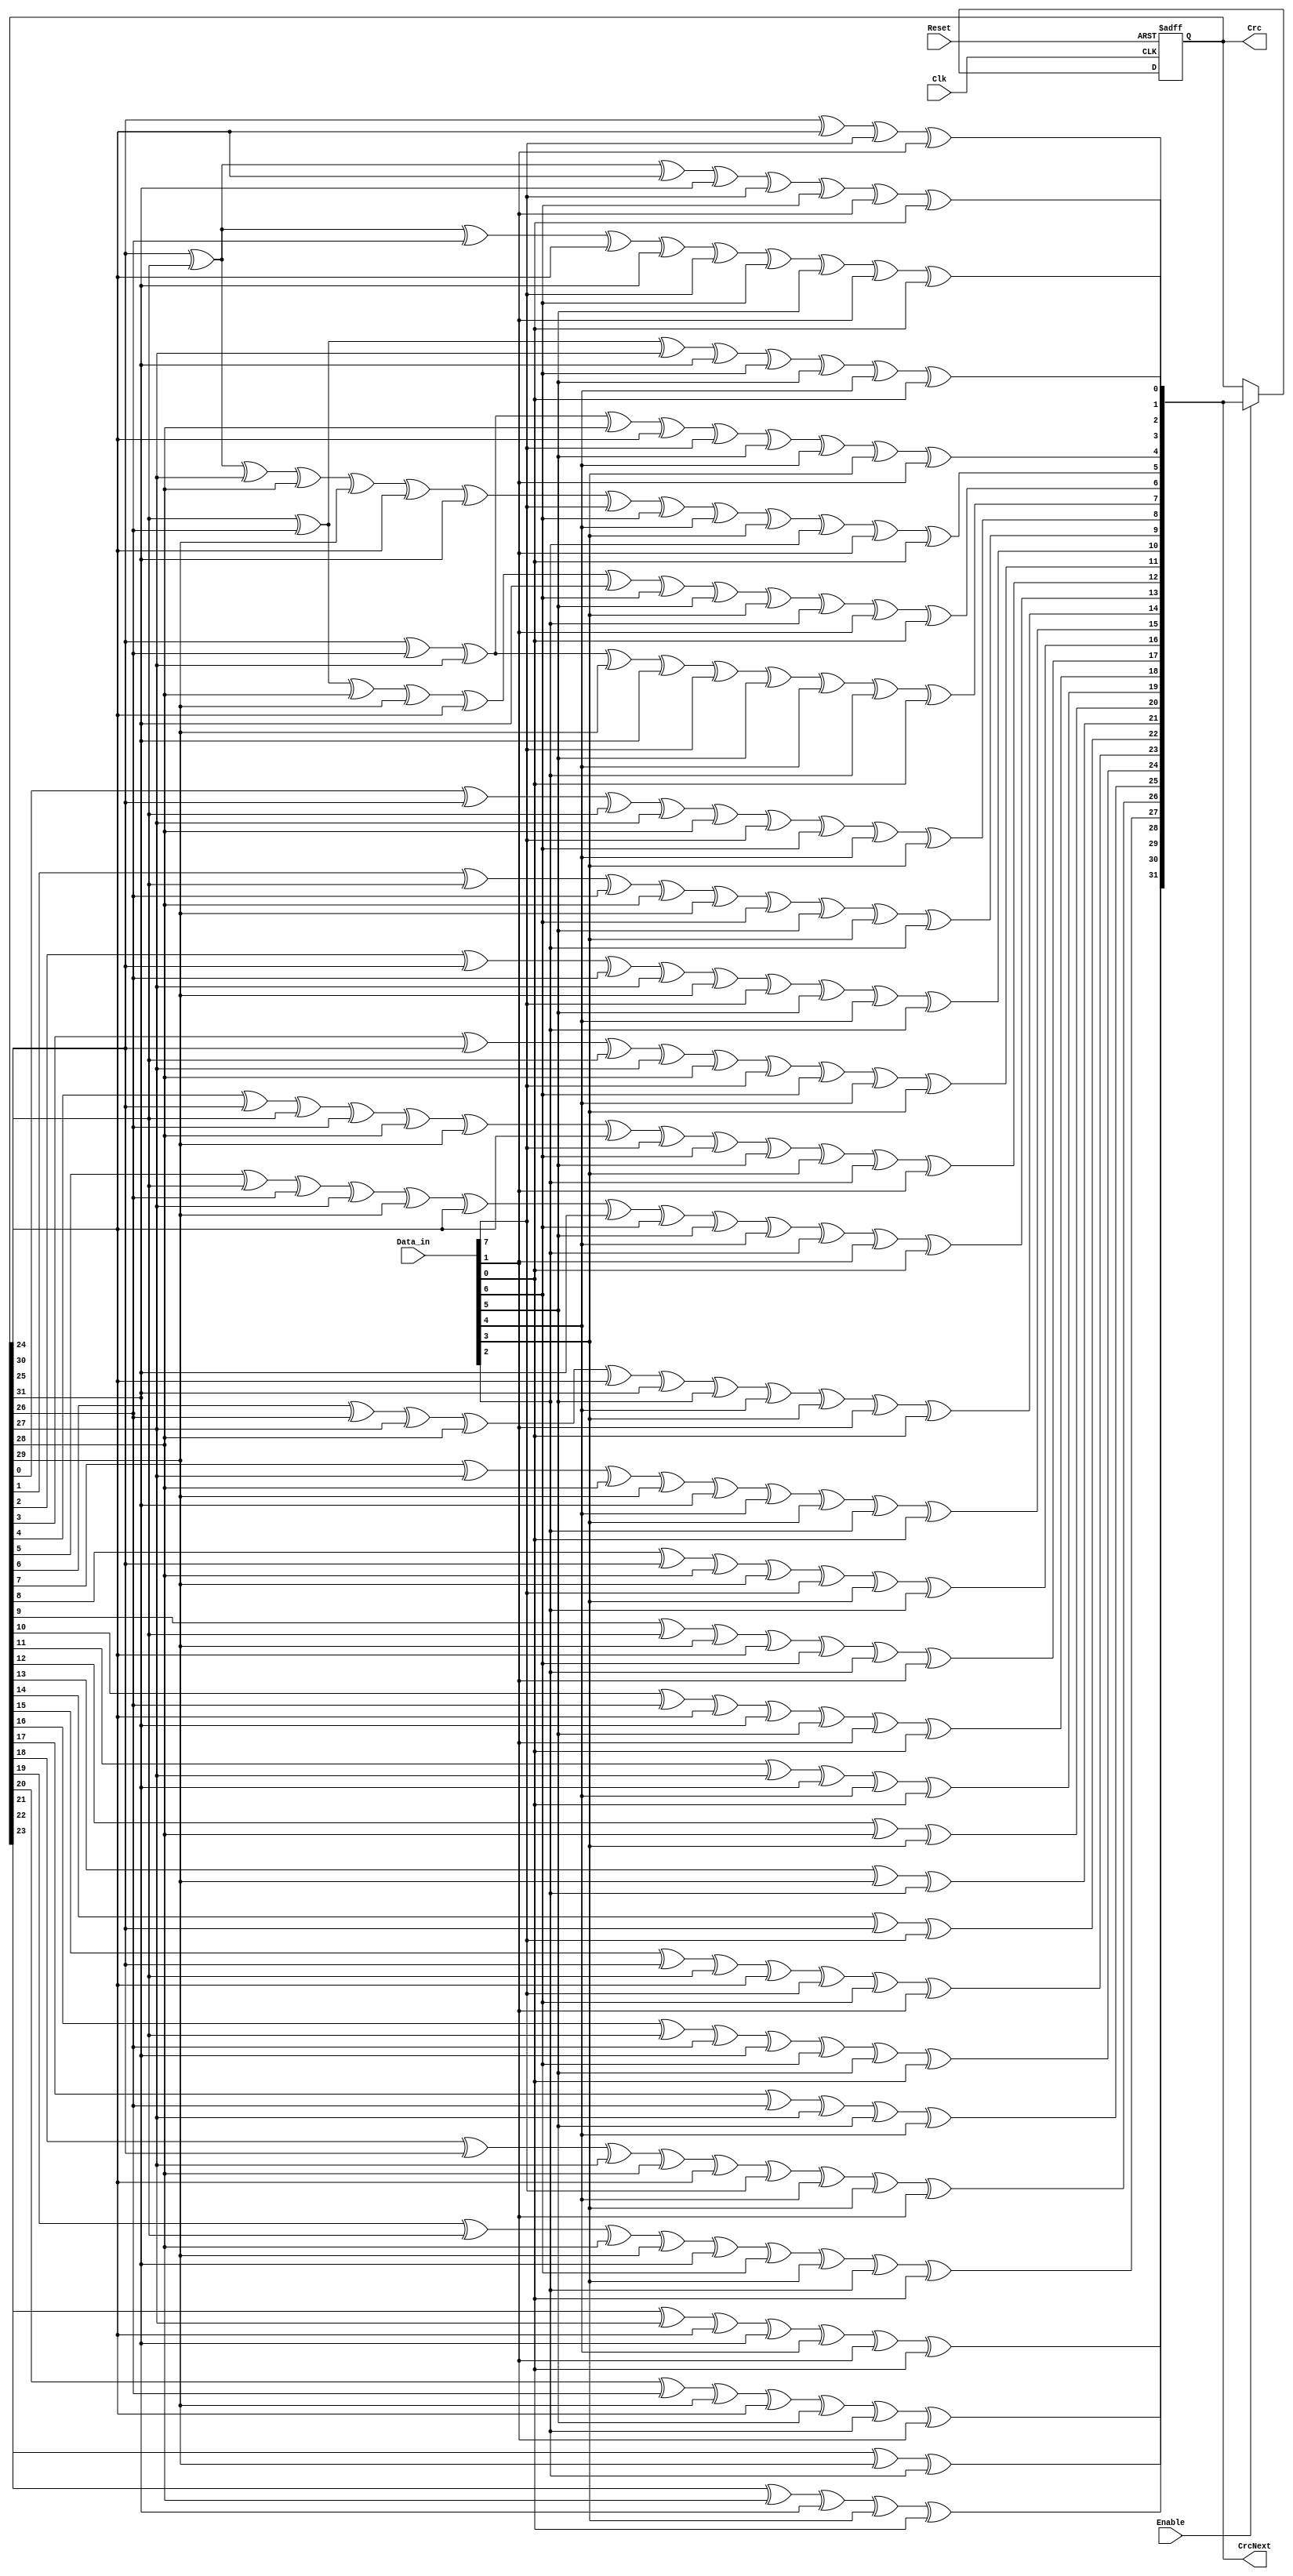
`timescale 1ns / 1ps
//////////////////////////////////////////////////////////////////////////////////
// Company: 
// Engineer: 
// 
// Design Name: 
// Module Name:    crc 
// Project Name: 
// Target Devices: 
// Tool versions: 
// Description: 
//
// Dependencies: 
//
// Revision: 
// Revision 0.01 - File Created
// Additional Comments: 
//
module crc (Clk, Reset, Data_in, Enable, Crc,CrcNext);


parameter Tp = 1;

input Clk;
input Reset;
input [7:0] Data_in;
input Enable;

output [31:0] Crc;
reg  [31:0] Crc;

output [31:0] CrcNext;

wire [7:0] Data;

assign Data={Data_in[0],Data_in[1],Data_in[2],Data_in[3],Data_in[4],Data_in[5],Data_in[6],Data_in[7]};


assign CrcNext[0] = Crc[24] ^ Crc[30] ^ Data[0] ^ Data[6];
assign CrcNext[1] = Crc[24] ^ Crc[25] ^ Crc[30] ^ Crc[31] ^ Data[0] ^ Data[1] ^ Data[6] ^ Data[7];
assign CrcNext[2] = Crc[24] ^ Crc[25] ^ Crc[26] ^ Crc[30] ^ Crc[31] ^ Data[0] ^ Data[1] ^ Data[2] ^ Data[6] ^ Data[7];
assign CrcNext[3] = Crc[25] ^ Crc[26] ^ Crc[27] ^ Crc[31] ^ Data[1] ^ Data[2] ^ Data[3] ^ Data[7];
assign CrcNext[4] = Crc[24] ^ Crc[26] ^ Crc[27] ^ Crc[28] ^ Crc[30] ^ Data[0] ^ Data[2] ^ Data[3] ^ Data[4] ^ Data[6];
assign CrcNext[5] = Crc[24] ^ Crc[25] ^ Crc[27] ^ Crc[28] ^ Crc[29] ^ Crc[30] ^ Crc[31] ^ Data[0] ^ Data[1] ^ Data[3] ^ Data[4] ^ Data[5] ^ Data[6] ^ Data[7];
assign CrcNext[6] = Crc[25] ^ Crc[26] ^ Crc[28] ^ Crc[29] ^ Crc[30] ^ Crc[31] ^ Data[1] ^ Data[2] ^ Data[4] ^ Data[5] ^ Data[6] ^ Data[7];
assign CrcNext[7] = Crc[24] ^ Crc[26] ^ Crc[27] ^ Crc[29] ^ Crc[31] ^ Data[0] ^ Data[2] ^ Data[3] ^ Data[5] ^ Data[7];
assign CrcNext[8] = Crc[0] ^ Crc[24] ^ Crc[25] ^ Crc[27] ^ Crc[28] ^ Data[0] ^ Data[1] ^ Data[3] ^ Data[4];
assign CrcNext[9] = Crc[1] ^ Crc[25] ^ Crc[26] ^ Crc[28] ^ Crc[29] ^ Data[1] ^ Data[2] ^ Data[4] ^ Data[5];
assign CrcNext[10] = Crc[2] ^ Crc[24] ^ Crc[26] ^ Crc[27] ^ Crc[29] ^ Data[0] ^ Data[2] ^ Data[3] ^ Data[5];
assign CrcNext[11] = Crc[3] ^ Crc[24] ^ Crc[25] ^ Crc[27] ^ Crc[28] ^ Data[0] ^ Data[1] ^ Data[3] ^ Data[4];
assign CrcNext[12] = Crc[4] ^ Crc[24] ^ Crc[25] ^ Crc[26] ^ Crc[28] ^ Crc[29] ^ Crc[30] ^ Data[0] ^ Data[1] ^ Data[2] ^ Data[4] ^ Data[5] ^ Data[6];
assign CrcNext[13] = Crc[5] ^ Crc[25] ^ Crc[26] ^ Crc[27] ^ Crc[29] ^ Crc[30] ^ Crc[31] ^ Data[1] ^ Data[2] ^ Data[3] ^ Data[5] ^ Data[6] ^ Data[7];
assign CrcNext[14] = Crc[6] ^ Crc[26] ^ Crc[27] ^ Crc[28] ^ Crc[30] ^ Crc[31] ^ Data[2] ^ Data[3] ^ Data[4] ^ Data[6] ^ Data[7];
assign CrcNext[15] =  Crc[7] ^ Crc[27] ^ Crc[28] ^ Crc[29] ^ Crc[31] ^ Data[3] ^ Data[4] ^ Data[5] ^ Data[7];
assign CrcNext[16] = Crc[8] ^ Crc[24] ^ Crc[28] ^ Crc[29] ^ Data[0] ^ Data[4] ^ Data[5];
assign CrcNext[17] = Crc[9] ^ Crc[25] ^ Crc[29] ^ Crc[30] ^ Data[1] ^ Data[5] ^ Data[6];
assign CrcNext[18] = Crc[10] ^ Crc[26] ^ Crc[30] ^ Crc[31] ^ Data[2] ^ Data[6] ^ Data[7];
assign CrcNext[19] = Crc[11] ^ Crc[27] ^ Crc[31] ^ Data[3] ^ Data[7];
assign CrcNext[20] = Crc[12] ^ Crc[28] ^ Data[4];
assign CrcNext[21] = Crc[13] ^ Crc[29] ^ Data[5];
assign CrcNext[22] = Crc[14] ^ Crc[24] ^ Data[0];
assign CrcNext[23] = Crc[15] ^ Crc[24] ^ Crc[25] ^ Crc[30] ^ Data[0] ^ Data[1] ^ Data[6];
assign CrcNext[24] = Crc[16] ^ Crc[25] ^ Crc[26] ^ Crc[31] ^ Data[1] ^ Data[2] ^ Data[7];
assign CrcNext[25] = Crc[17] ^ Crc[26] ^ Crc[27] ^ Data[2] ^ Data[3];
assign CrcNext[26] = Crc[18] ^ Crc[24] ^ Crc[27] ^ Crc[28] ^ Crc[30] ^ Data[0] ^ Data[3] ^ Data[4] ^ Data[6];
assign CrcNext[27] = Crc[19] ^ Crc[25] ^ Crc[28] ^ Crc[29] ^ Crc[31] ^ Data[1] ^ Data[4] ^ Data[5] ^ Data[7];
assign CrcNext[28] = Crc[20] ^ Crc[26] ^ Crc[29] ^ Crc[30] ^ Data[2] ^ Data[5] ^ Data[6];
assign CrcNext[29] = Crc[21] ^ Crc[27] ^ Crc[30] ^ Crc[31] ^ Data[3] ^ Data[6] ^ Data[7];
assign CrcNext[30] = Crc[22] ^ Crc[28] ^ Crc[31] ^ Data[4] ^ Data[7];
assign CrcNext[31] = Crc[23] ^ Crc[29] ^ Data[5];

always @ (posedge Clk, posedge Reset)
 begin
  if (Reset) begin
    Crc <={32{1'b1}};
  end
   else if (Enable)
    Crc <=CrcNext;
 end
endmodule